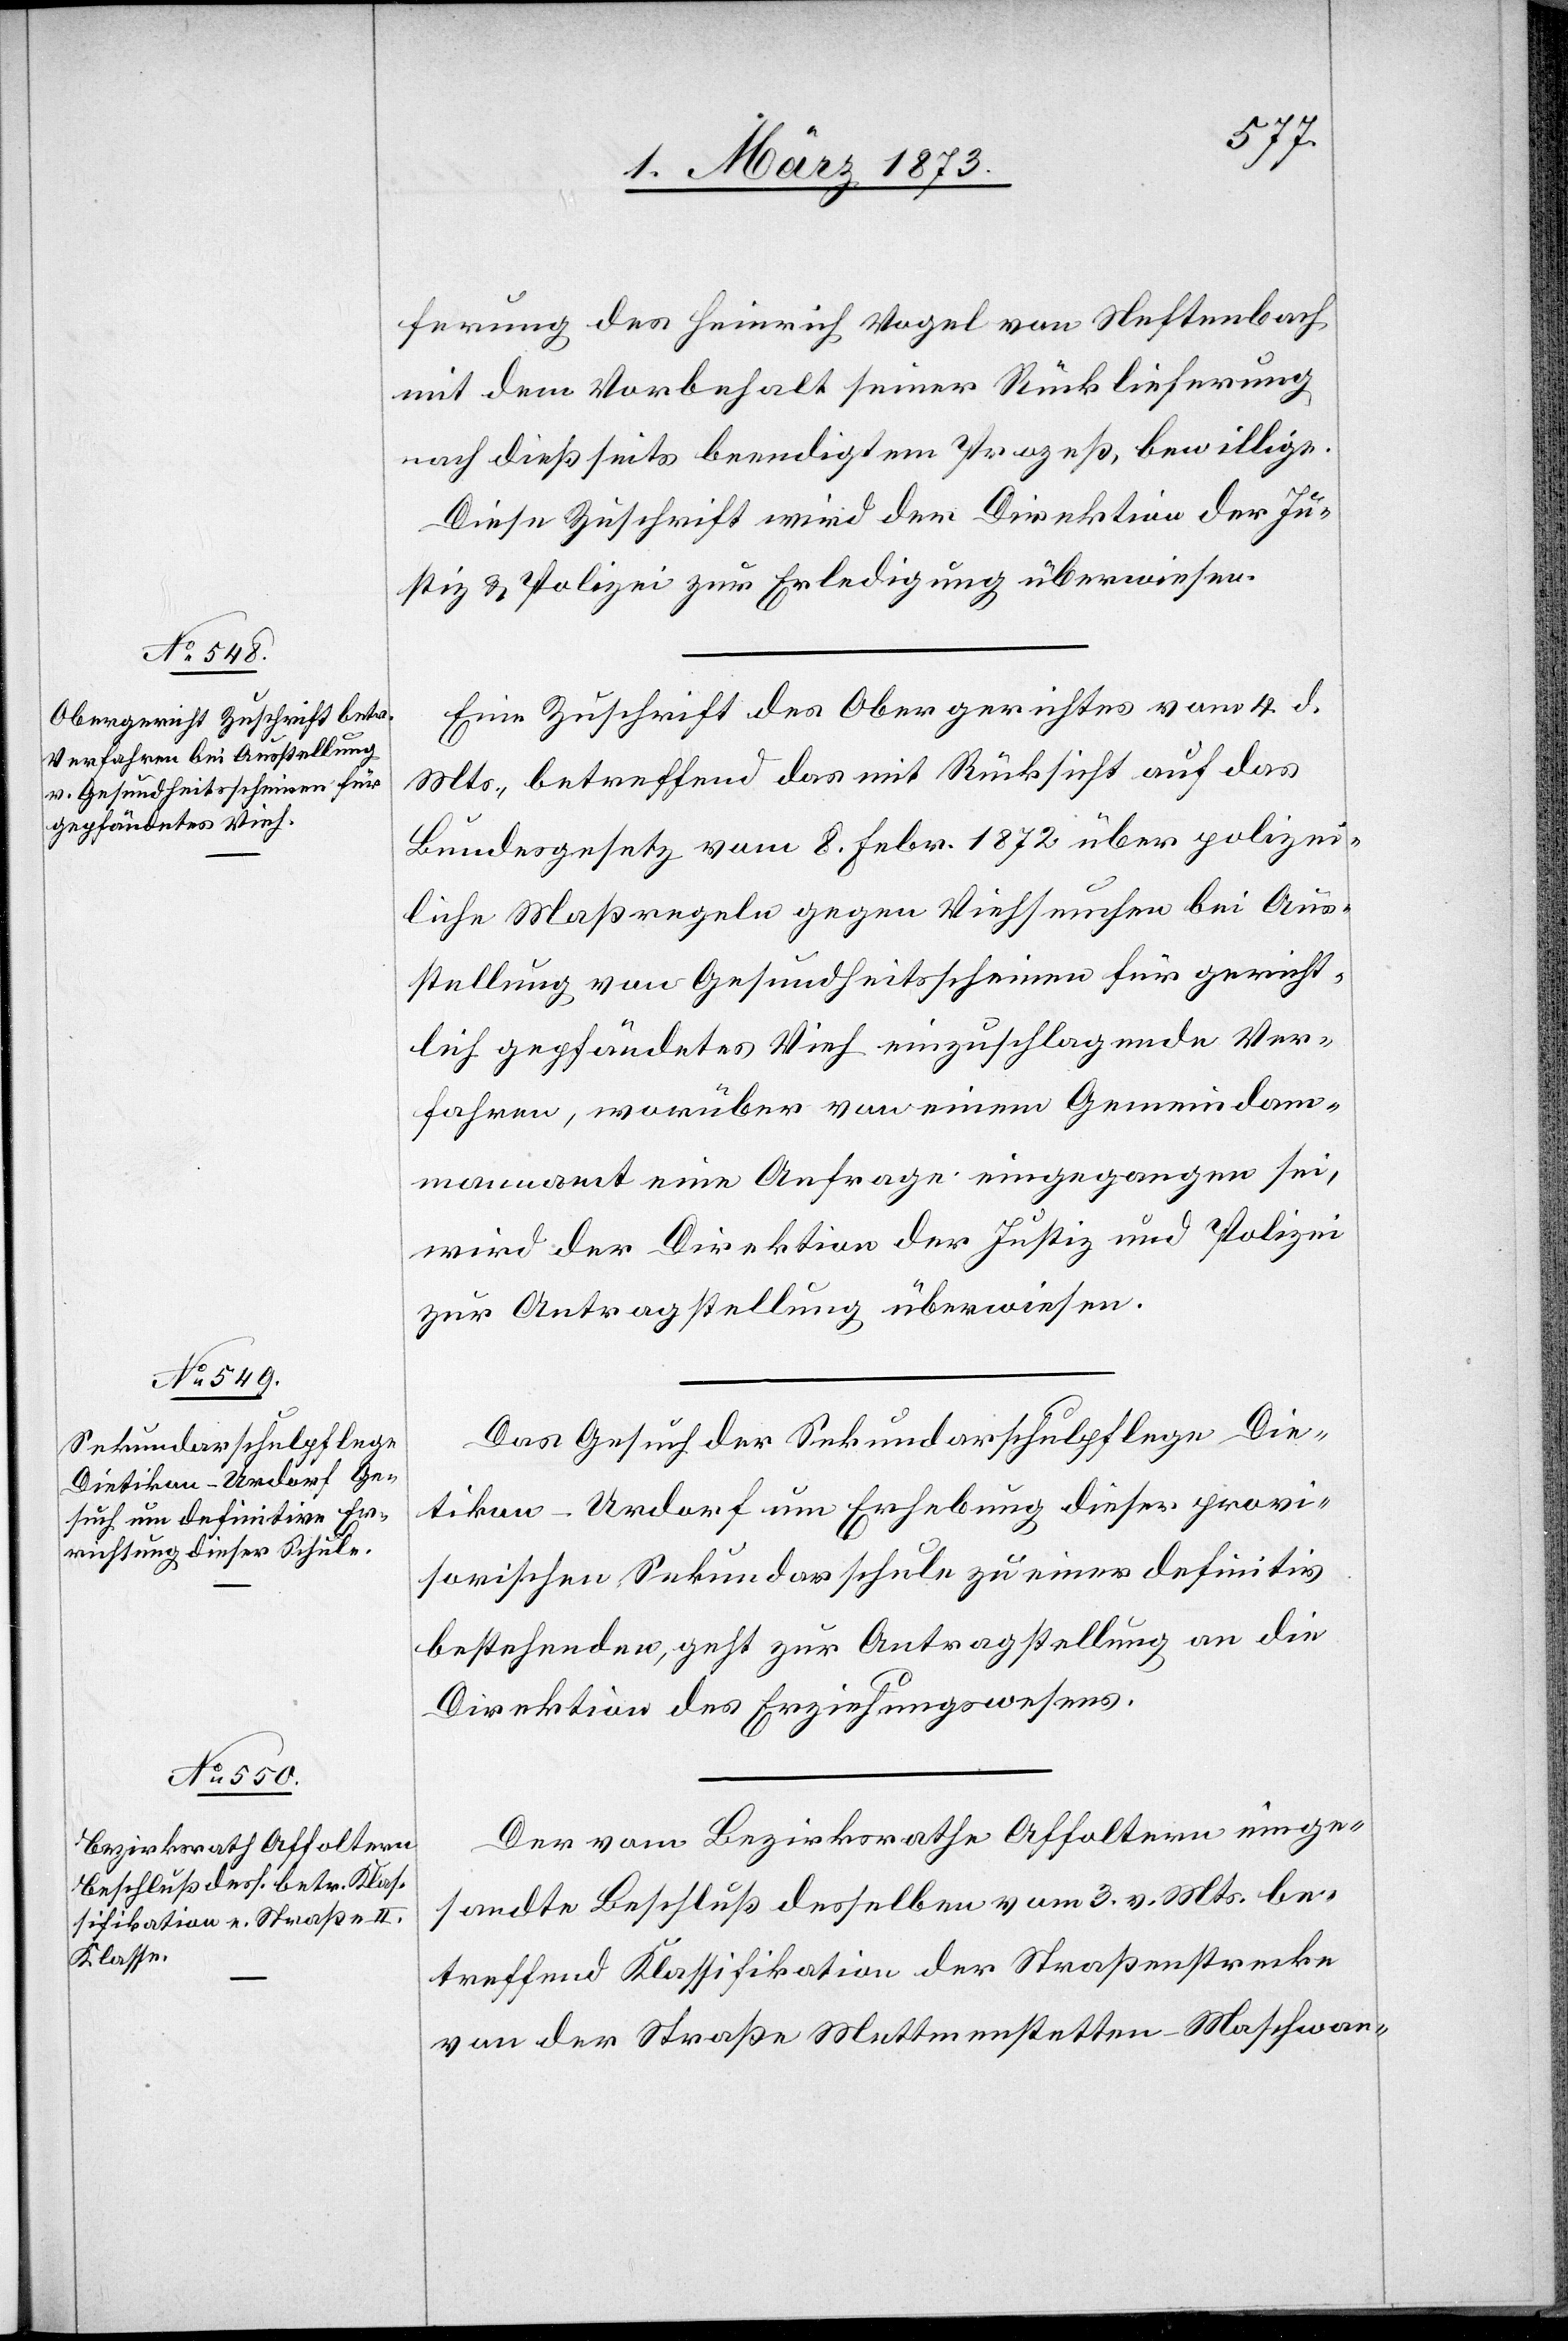
6. März 1873.]
ferung des Heinrich Vogel von Neftenbach
mit dem Vorbehalt seiner Rücklieferung
nach dießseits beendigtem Prozeß, bewillige.
Diese Zuschrift wird der Direktion der Ju¬
stiz u. Polizei zur Erledigung überwiesen.
Eine Zuschrift des Obergerichtes vom 4. d.
Mts., betreffend das mit Rücksicht auf das
Bundesgesetz vom 8. Febr. 1872 über polizei¬
liche Maßregeln gegen Viehseuchen bei Aus¬
stellung von Gesundheitsscheinen für gericht¬
lich gepfändetes Vieh einzuschlagende Ver¬
fahren, worüber von einem Gemeindam¬
mannamt eine Anfrage eingegangen sei,
wird der Direktion der Justiz und Polizei
zur Antragstellung überwiesen.
Das Gesuch der Sekundarschulpflege Die¬
tikon-Urdorf um Erhebung dieser provi¬
sorischen Sekundarschule zu einer definitiv
bestehenden, geht zur Antragstellung an die
Direktion des Erziehungswesens.
Der vom Bezirksrathe Affoltern einge¬
sandte Beschluß desselben vom 3. v. Mts. be¬
treffend Klassifikation der Straßenstrecke
von der Straße Mettmenstetten–Maschwan-